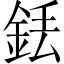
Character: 銩